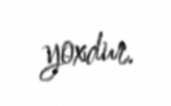
yoxdur.